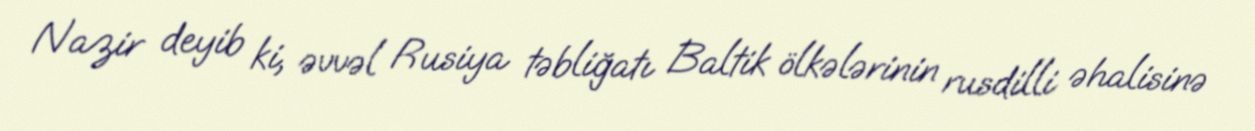
Nazir deyib ki, əvvəl Rusiya təbliğatı Baltik ölkələrinin rusdilli əhalisinə